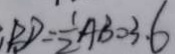
B D = \frac { 1 } { 2 } A B = 3 . 6